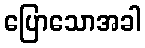
ပြောသောအခါ